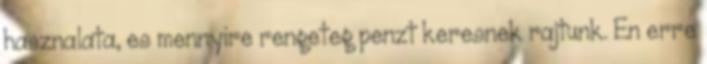
hasznalata, es mennyire rengeteg penzt keresnek rajtunk. En erre